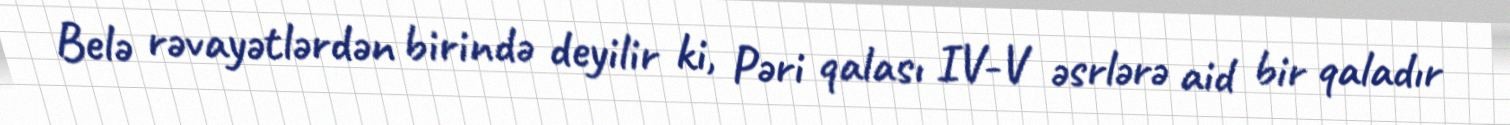
Belə rəvayətlərdən birində deyilir ki, Pəri qalası IV-V əsrlərə aid bir qaladır